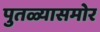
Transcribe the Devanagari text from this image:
पुतळ्यासमोर